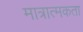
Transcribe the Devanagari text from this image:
मात्रात्मकता